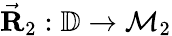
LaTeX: \vec{\mathbf R}_{2}:\mathbb{D}\rightarrow\mathcal{M}_{2}